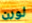
لورن